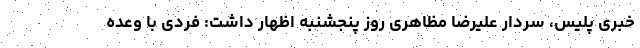
خبری پلیس، سردار علیرضا مظاهری روز پنجشنبه اظهار داشت: فردی با وعده